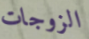
الزوجات